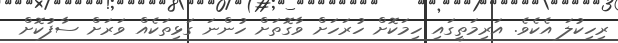
ރިހިކުލަ އެކެވެ. އަރިމަތީގައި ހިމަކޮށް ހުރަހަށް ވާގޮތަށް ހުންނަ ގަޅިތަކެއް ވަރަށް ސާފުކޮށް